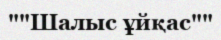
""Шалыс ұйқас""